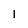
Character: 1